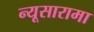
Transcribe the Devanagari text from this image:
न्यूसारामा